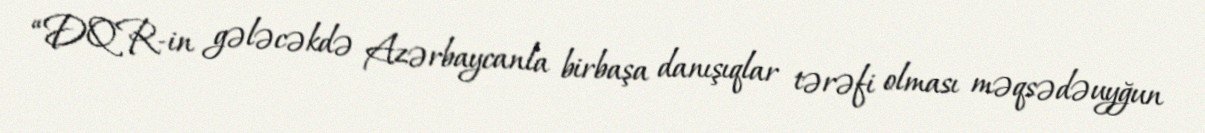
“DQR-in gələcəkdə Azərbaycanla birbaşa danışıqlar tərəfi olması məqsədəuyğun